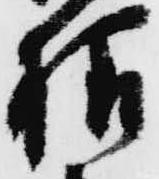
様